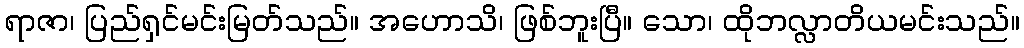
ရာဇာ၊ ပြည်ရှင်မင်းမြတ်သည်။ အဟောသိ၊ ဖြစ်ဘူးပြီ။ သော၊ ထိုဘလ္လာတိယမင်းသည်။